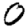
Digit: 0